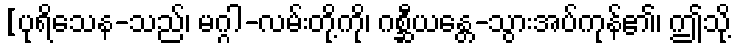
[ပုရိသေန-သည်၊ မဂ္ဂါ-လမ်းတို့ကို၊ ဂစ္ဆီယန္တေ-သွားအပ်ကုန်၏၊ ဤသို့